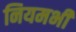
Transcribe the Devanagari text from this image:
नियमभी